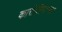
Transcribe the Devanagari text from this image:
कारोलिनास्का